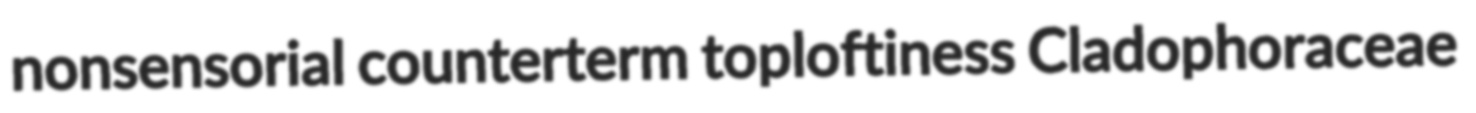
nonsensorial counterterm toploftiness Cladophoraceae